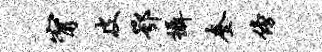
甯皮鄂摄奎傍